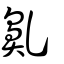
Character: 𪖐